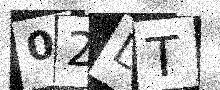
Text: 02LT